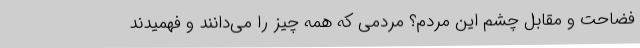
فضاحت و مقابل چشم این مردم؟ مردمی که همه چیز را می‌دانند و فهمیدند